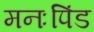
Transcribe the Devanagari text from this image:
मनःपिंड